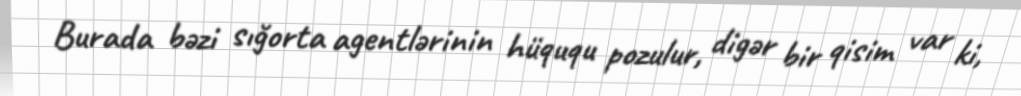
Burada bəzi sığorta agentlərinin hüququ pozulur, digər bir qisim var ki,